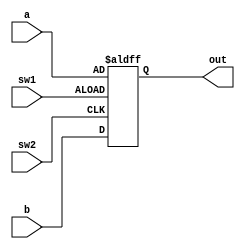
module mux_2_to_1 (a, b,sw1,sw2, out);

input [7:0] a,b;
input sw1,sw2;
output reg [7:0] out;

always @ (posedge sw1 or posedge sw2)
   begin
      if (sw1)
         begin
            out <= a;
         end
      else
         begin
            out <= b;
         end
   end
endmodule